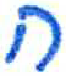
אות: ח